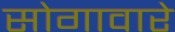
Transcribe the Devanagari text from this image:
सोगावारे